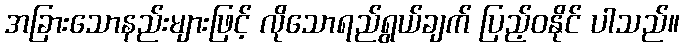
အခြားသောနည်းများဖြင့် လိုသောရည်ရွယ်ချက် ပြည့်ဝနိုင် ပါသည်။